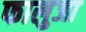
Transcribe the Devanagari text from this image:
फालुजा